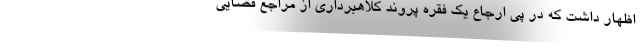
اظهار داشت که در پی ارجاع یک فقره پروند کلاهبرداری از مراجع قضایی